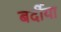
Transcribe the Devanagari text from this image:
बर्दीया